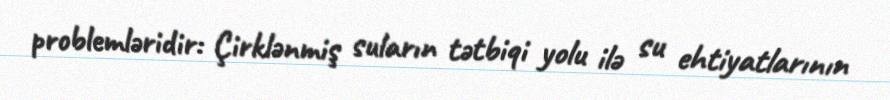
problemləridir: Çirklənmiş suların tətbiqi yolu ilə su ehtiyatlarının